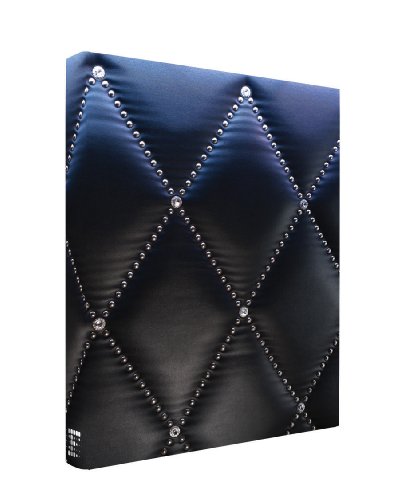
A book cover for Secret Society: Modern Speakeasy Style and Design; Christian Alexander; Arts & Photography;